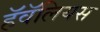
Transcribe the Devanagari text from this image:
हॅवॅलियस